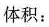
体积：